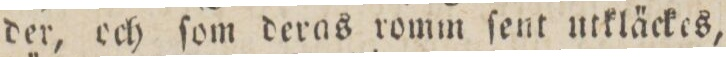
der, och ſom deras romm ſent utkläckes,